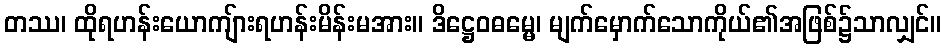
တဿ၊ ထိုရဟန်းယောကျ်ားရဟန်းမိန်းမအား။ ဒိဋ္ဌေဝဓမ္မေ၊ မျက်မှောက်သောကိုယ်၏အဖြစ်၌သာလျှင်။